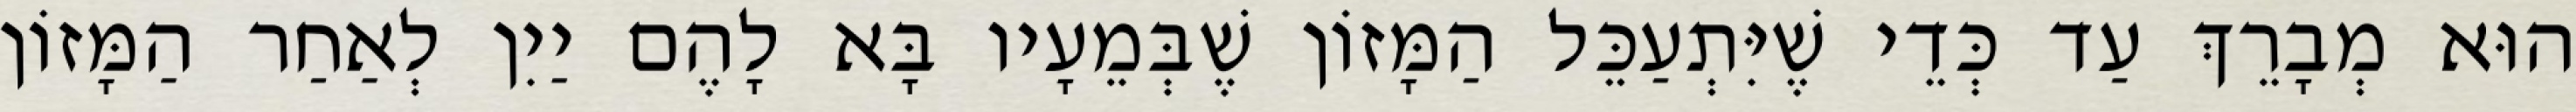
הוּא מְבָרֵךְ עַד כְּדֵי שֶׁיִּתְעַכֵּל הַמָּזוֹן שֶׁבְּמֵעָיו בָּא לָהֶם יַיִן לְאַחַר הַמָּזוֹן